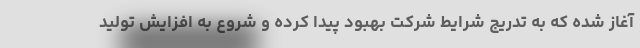
آغاز شده که به تدریج شرایط شرکت بهبود پیدا کرده و شروع به افزایش تولید